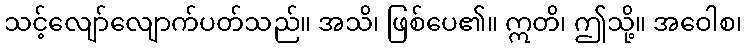
သင့်လျော်လျောက်ပတ်သည်။ အသိ၊ ဖြစ်ပေ၏။ ဣတိ၊ ဤသို့။ အဝေါစ၊